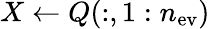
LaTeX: X\leftarrow Q(:,1:n_{\mathrm{ev}})